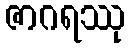
ဇာဂရဿု